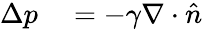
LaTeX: \begin{array}{rl}{\Delta p}&{{}=-\gamma\nabla\cdot{\hat{n}}}\end{array}